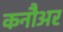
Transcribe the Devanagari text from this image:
कनौअर